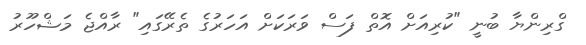
ގްރިންޔާ ބުނީ "ކުރިއަށް އޮތް ފަސް ވަރަކަށް އަހަރުގެ ތެރޭގައި" ރާއްޖެ މަޝްހޫރު